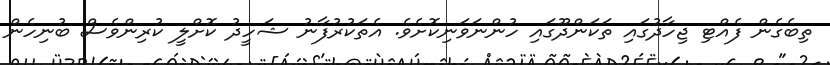
ތިބެގެން ފެއްޓި ޖިހާދުގައި ތަކަންދޫގައި ހުންނަވަނިކޮށެވެ. އެތަކުރުފާނު ޝަހީދު ކޮށްލީ ކުރިންވެސް ބުނިހެން